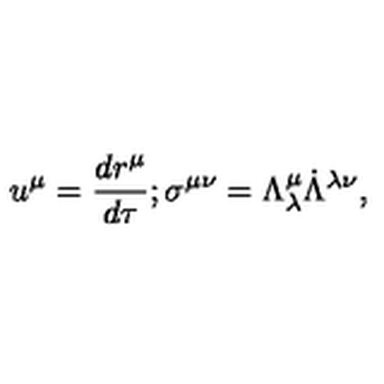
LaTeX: u ^ { \mu } = { \frac { d r ^ { \mu } } { d \tau } } ; \sigma ^ { \mu \nu } = \Lambda _ { \lambda } ^ { \mu } \dot { \Lambda } ^ { \lambda \nu } ,